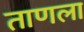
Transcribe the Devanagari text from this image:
ताणला